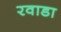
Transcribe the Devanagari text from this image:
रवाडा